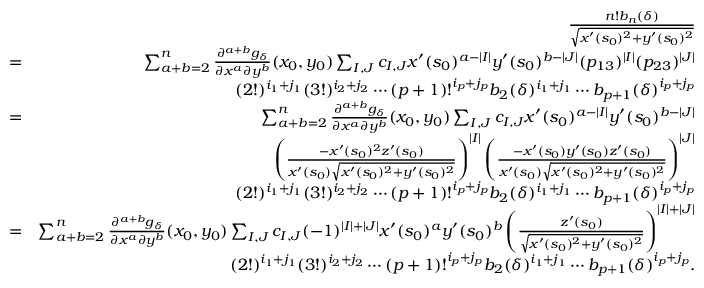
\begin{array} { r l r } & { } & { \frac { n ! b _ { n } ( \delta ) } { \sqrt { x ^ { \prime } ( s _ { 0 } ) ^ { 2 } + y ^ { \prime } ( s _ { 0 } ) ^ { 2 } } } } \\ & { = } & { \sum _ { a + b = 2 } ^ { n } \frac { \partial ^ { a + b } g _ { \delta } } { \partial x ^ { a } \partial y ^ { b } } ( x _ { 0 } , y _ { 0 } ) \sum _ { I , J } c _ { I , J } x ^ { \prime } ( s _ { 0 } ) ^ { a - | I | } y ^ { \prime } ( s _ { 0 } ) ^ { b - | J | } ( p _ { 1 3 } ) ^ { | I | } ( p _ { 2 3 } ) ^ { | J | } } \\ & { } & { ( 2 ! ) ^ { i _ { 1 } + j _ { 1 } } ( 3 ! ) ^ { i _ { 2 } + j _ { 2 } } \cdots ( p + 1 ) ! ^ { i _ { p } + j _ { p } } b _ { 2 } ( \delta ) ^ { i _ { 1 } + j _ { 1 } } \cdots b _ { p + 1 } ( \delta ) ^ { i _ { p } + j _ { p } } } \\ & { = } & { \sum _ { a + b = 2 } ^ { n } \frac { \partial ^ { a + b } g _ { \delta } } { \partial x ^ { a } \partial y ^ { b } } ( x _ { 0 } , y _ { 0 } ) \sum _ { I , J } c _ { I , J } x ^ { \prime } ( s _ { 0 } ) ^ { a - | I | } y ^ { \prime } ( s _ { 0 } ) ^ { b - | J | } } \\ & { } & { \left( \frac { - x ^ { \prime } ( s _ { 0 } ) ^ { 2 } z ^ { \prime } ( s _ { 0 } ) } { x ^ { \prime } ( s _ { 0 } ) \sqrt { x ^ { \prime } ( s _ { 0 } ) ^ { 2 } + y ^ { \prime } ( s _ { 0 } ) ^ { 2 } } } \right) ^ { | I | } \left( \frac { - x ^ { \prime } ( s _ { 0 } ) y ^ { \prime } ( s _ { 0 } ) z ^ { \prime } ( s _ { 0 } ) } { x ^ { \prime } ( s _ { 0 } ) \sqrt { x ^ { \prime } ( s _ { 0 } ) ^ { 2 } + y ^ { \prime } ( s _ { 0 } ) ^ { 2 } } } \right) ^ { | J | } } \\ & { } & { ( 2 ! ) ^ { i _ { 1 } + j _ { 1 } } ( 3 ! ) ^ { i _ { 2 } + j _ { 2 } } \cdots ( p + 1 ) ! ^ { i _ { p } + j _ { p } } b _ { 2 } ( \delta ) ^ { i _ { 1 } + j _ { 1 } } \cdots b _ { p + 1 } ( \delta ) ^ { i _ { p } + j _ { p } } } \\ & { = } & { \sum _ { a + b = 2 } ^ { n } \frac { \partial ^ { a + b } g _ { \delta } } { \partial x ^ { a } \partial y ^ { b } } ( x _ { 0 } , y _ { 0 } ) \sum _ { I , J } c _ { I , J } ( - 1 ) ^ { | I | + | J | } x ^ { \prime } ( s _ { 0 } ) ^ { a } y ^ { \prime } ( s _ { 0 } ) ^ { b } \left( \frac { z ^ { \prime } ( s _ { 0 } ) } { \sqrt { x ^ { \prime } ( s _ { 0 } ) ^ { 2 } + y ^ { \prime } ( s _ { 0 } ) ^ { 2 } } } \right) ^ { | I | + | J | } } \\ & { } & { ( 2 ! ) ^ { i _ { 1 } + j _ { 1 } } ( 3 ! ) ^ { i _ { 2 } + j _ { 2 } } \cdots ( p + 1 ) ! ^ { i _ { p } + j _ { p } } b _ { 2 } ( \delta ) ^ { i _ { 1 } + j _ { 1 } } \cdots b _ { p + 1 } ( \delta ) ^ { i _ { p } + j _ { p } } . } \end{array}